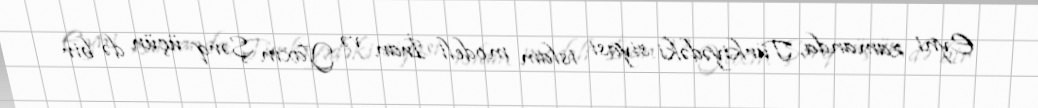
Eyni zamanda, Türkiyədəki siyasi islam modeli İran və Yaxın Şərq üçün də bir